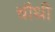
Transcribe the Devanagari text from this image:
चाैथी